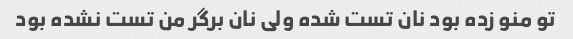
تو منو زده بود نان تست شده ولی نان برگر من تست نشده بود